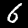
Digit: 6